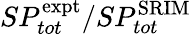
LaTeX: SP_{tot}^{\mathrm{expt}}/SP_{tot}^{\mathrm{SRIM}}